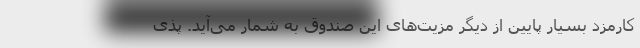
کارمزد بسیار پایین از دیگر مزیت‌های این صندوق به شمار می‌آید. پذی